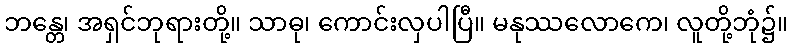
ဘန္တေ၊ အရှင်ဘုရားတို့။ သာဓု၊ ကောင်းလှပါပြီ။ မနုဿလောကေ၊ လူတို့ဘုံ၌။